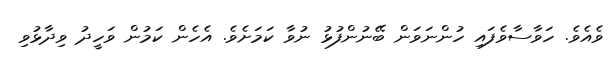
ވެއެވެ. ހަވާސާވެފައި ހުންނަވަން ބޭނުންފުޅު ނުވާ ކަމަށެވެ. އެހެން ކަމުން ވަހީދު ވިދާޅުވި